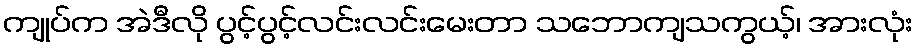
ကျုပ်က အဲဒီလို ပွင့်ပွင့်လင်းလင်းမေးတာ သဘောကျသကွယ့်၊ အားလုံး